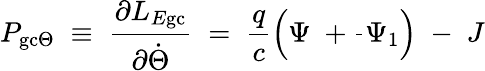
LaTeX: P_{\mathrm{gc}\Theta}\; \equiv\; \frac{\partial L_{E\mathrm{gc}}}{\partial\dot{\Theta}}\; =\; \frac{q}{c}\left(\Psi\; +\frac{}{}\Psi_{1}\right)\; -\; J